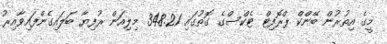
މީގެ އިތުރުން ބޭންކް ޕްރޮފިޓް ޓެކްސްގެ ގޮތުގައި 348.21 މިލިއަން ރުފިޔާ ބަލައިގެންފައިވާއިރު